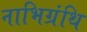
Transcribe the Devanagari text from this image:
नाभिग्रंथि